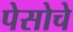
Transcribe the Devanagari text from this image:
पेसोचे